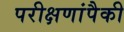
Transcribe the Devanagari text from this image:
परीक्षणांपैकी